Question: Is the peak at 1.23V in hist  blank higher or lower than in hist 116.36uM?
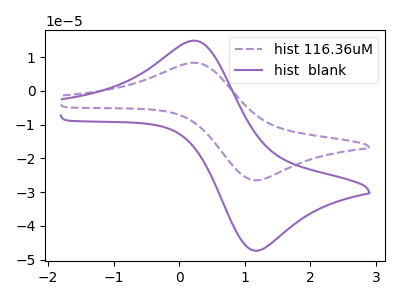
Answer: <think>The purple dashed curve "hist 116.36uM" has an anodic peak at (0.20V, 8.30uA) and a cathodic peak at (1.25V, -26.40uA). The purple curve "hist  blank" has an anodic peak at (0.20V, 14.85uA) and a cathodic peak at (1.25V, -47.20uA).</think>
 <answer>The peak at 1.23V is higher in "hist  blank" than in "hist 116.36uM".</answer>
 <eval>higher</eval>